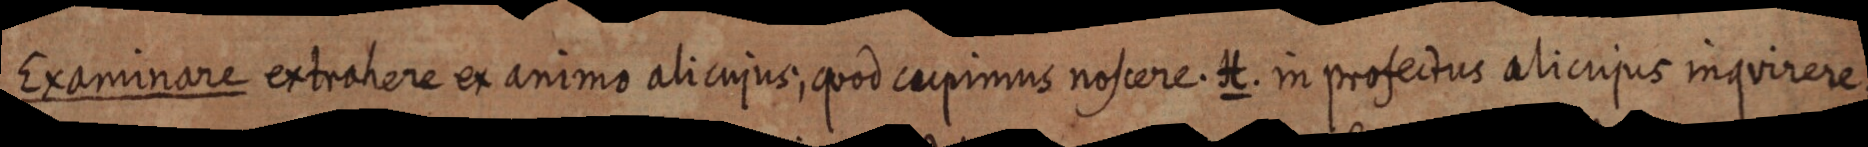
Examinare extrahere ex animo alicujus; quod cupimus noscere. H. in profectus aliciipis inquirere.